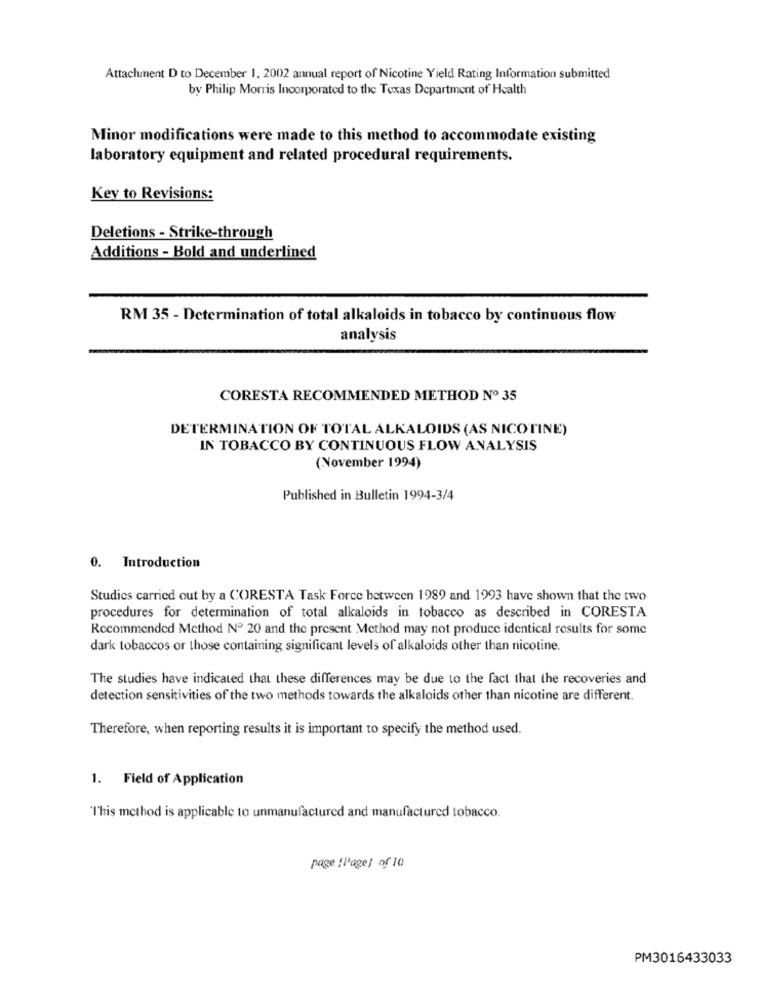
Attachment D to December 1, 2002 annual report of Nicotine Yield Rating Information submitted
by Philip Morris Incorporated to the Texas Department of Health
Minor modifications were made to this method to accommodate existing
laboratory equipment and related procedural requirements.
Key to Revisions:
Deletions - Strike-through
Additions - Bold and underlined
RM 35 - Determination of total alkaloids in tobacco by continuous flow
analysis
CORESTA RECOMMENDED METHOD Nº 35
DETERMINATION OF TOTAL ALKALOIDS (AS NICOTINE)
IN TOBACCO BY CONTINUOUS FLOW ANALYSIS
(November 1994)
Published in Bulletin 1994-3/4
0. Introduction
Studies carried out by a CORESTA Task Force between 1989 and 1993 have shown that the two
procedures for determination of total alkaloids in tobacco as described in CORESTA
Recommended Method Nº 20 and the present Method may not produce identical results for some
dark tobaccos or those containing significant levels of alkaloids other than nicotine.
The studies have indicated that these differences may be due to the fact that the recoveries and
detection sensitivities of the two methods towards the alkaloids other than nicotine are different.
Therefore, when reporting results it is important to specify the method used.
1. Field of Application
"This method is applicable to unmanufactured and manufactured tobacco.
page :Page) of 10
PM3016433033